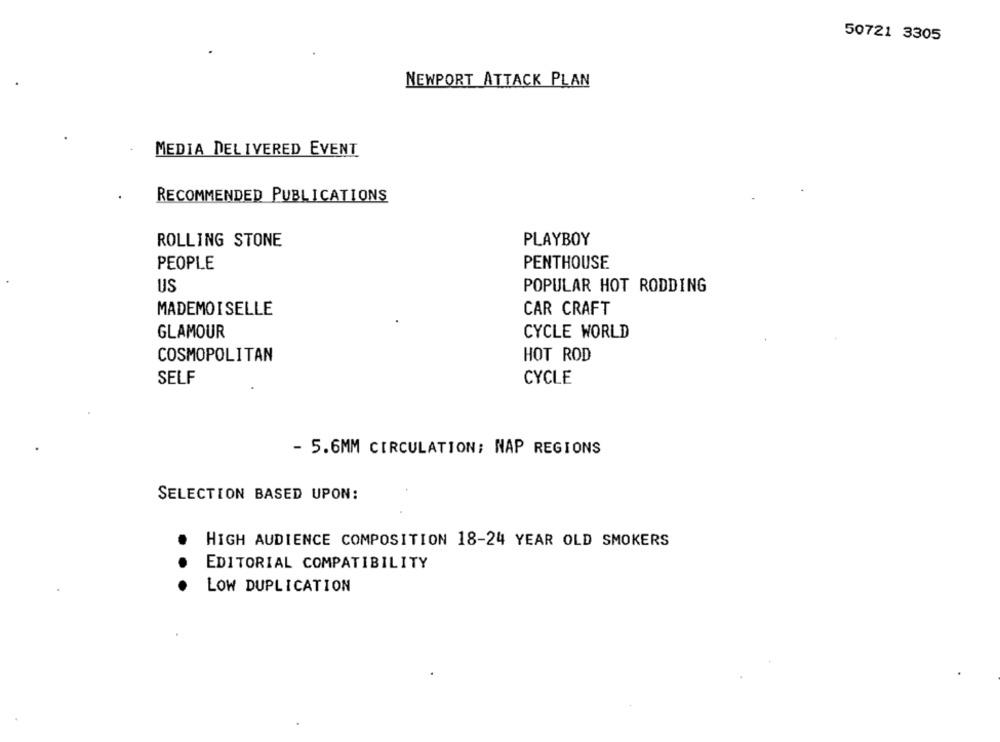
50721 3305
NEWPORT ATTACK PLAN
MEDIA DELIVERED EVENT
RECOMMENDED PUBLICATIONS
ROLLING STONE
PLAYBOY
PEOPLE
PENTHOUSE
US
POPULAR HOT RODDING
MADEMOISELLE
CAR CRAFT
GLAMOUR
CYCLE WORLD
COSMOPOLITAN
HOT ROD
SELF
CYCLE
- 5.6MM CIRCULATION; NAP REGIONS
SELECTION BASED UPON:
HIGH AUDIENCE COMPOSITION 18-24 YEAR OLD SMOKERS
EDITORIAL COMPATIBILITY
LOW DUPLICATION